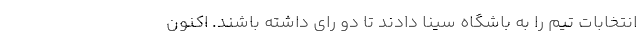
انتخابات تیم را به باشگاه سینا دادند تا دو رای داشته باشند. اکنون